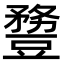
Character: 𧰈